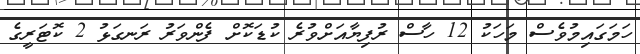
ހަމަގައިމުވެސް މަހަކު 12 ހާސް ރުފިޔާއަށްވުރެ ކުޑަކޮށް ފެންވަރު ރަނގަޅު 2 ކޮޓަރީގެ